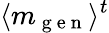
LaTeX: \langle m_{\mathrm{~g~e~n~}}\rangle^{t}